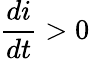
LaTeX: \frac{di}{dt}>0